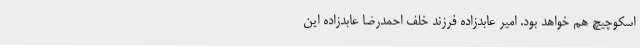
اسکوچیچ هم خواهد بود. امیر عابدزاده فرزند خلف احمدرضا عابدزاده این